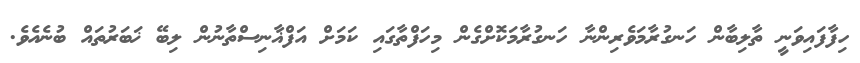
ހިފާފައިވަނީ ތާލިބާން ހަނގުރާމަވެރިންނާ ހަނގުރާމަކޮށްގެން މިހަފްތާގައި ކަމަށް އަފްޣާނިސްތާނުން ލިބޭ ޚަބަރުތައް ބުނެއެވެ.